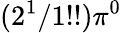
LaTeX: (2^{1}/1!!)\pi^{0}